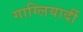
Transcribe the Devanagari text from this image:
गाग्लियार्दी